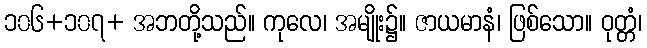
၁၀၆+၁၀၇+ အဘတို့သည်။ ကုလေ၊ အမျိုး၌။ ဇာယမာနံ၊ ဖြစ်သော။ ဝုတ္တံ၊